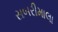
સબરીમાલા